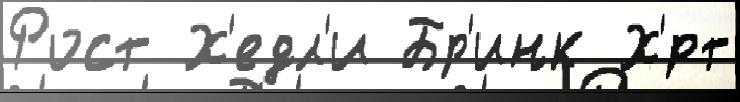
Рост Х'едл'и Бр'инк Х'́рт